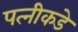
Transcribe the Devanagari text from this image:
पत्‍नीकडे